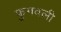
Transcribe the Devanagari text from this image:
फुगवली